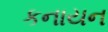
કનાયન